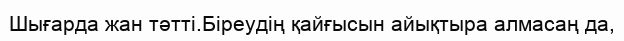
Шығарда жан тәтті.Біреудің қайғысын айықтыра алмасаң да,